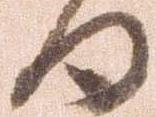
日